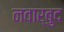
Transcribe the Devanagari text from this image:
नवार्बुद